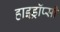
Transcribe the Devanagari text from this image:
हाइड्रॉप्सी